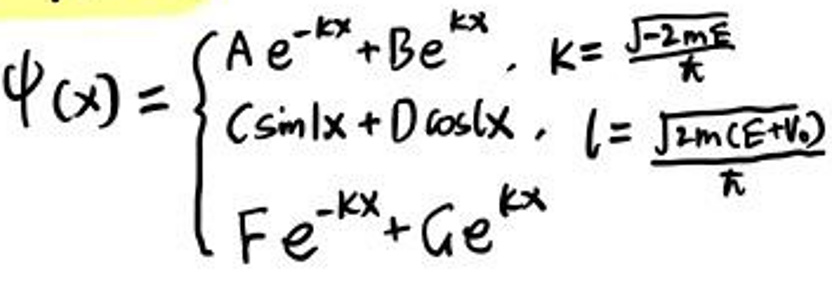
\[
\varphi(x)=\begin{cases}
Ae^{-kx}+Be^{kx}, & k = \sqrt{-\frac{2mE}{\hbar}}\\
C\sin lx + D\cos lx, & l = \sqrt{\frac{2m(E + V_0)}{\hbar}}\\
Fe^{-kx}+Ge^{kx}
\end{cases}
\]